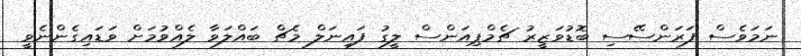
ނަމަވެސް ފަރަންސޭސި ބޮޑުވަޒީރު ޗެމްޕިއަންސް ލީގު ފައިނަލް މެޗް ބައްލަވާ ލެއްވުމަށް ވަޑައިގެންނެވީ